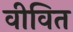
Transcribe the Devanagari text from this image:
वीवित